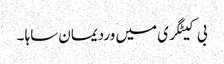
بی کیٹگری میں وردیمان ساہا ۔